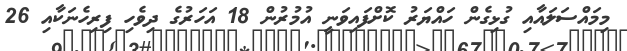
މިމައްސަލައާއި ގުޅިގެން ހައްޔަރު ކޮށްފައިވަނީ އުމުރުން 18 އަހަރުގެ ދިވެހި ފިރިހެނަކާއި 26